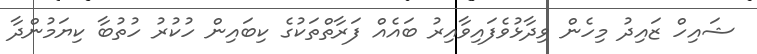
ޝައިހް ޒައިދު މިހެން ވިދާޅުވެފައިވާއިރު ބައެއް ފަރާތްތަކުގެ ކިބައިން ހުކުރު ހުތުބާ ކިޔަމުންދާ